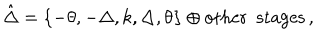
\hat { \Delta } = \left\{ - \theta , - \Delta , k , \Delta , \theta \right\} \oplus \mathrm { o t h e r ~ s t a g e s } \, ,